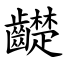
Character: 齼